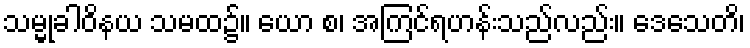
သမ္မုခါဝိနယ သမထ၌။ ယော စ၊ အကြင်ရဟန်းသည်လည်း။ ဒေသေတိ၊